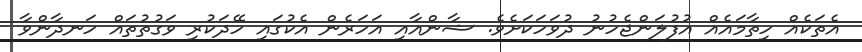
އެތަކެއް ހިތާމައެއް އުފުލަންޖެހުނު ދުވަހަކަށެވެ. ޝާންއާއި އަހަރެން އެކުގައި ހޭދަކުރި ވަގުތުތައް ހަނދާންވާ